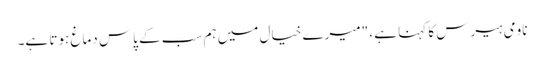
ناومی ہیرس کا کہنا ہے ، "میرے خیال میں ہم سب کے پاس دماغ ہوتا ہے۔